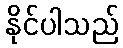
နိုင်ပါသည်